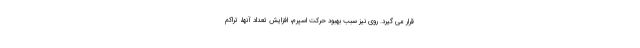
قرار می گیرد. روی نیز سبب بهبود حرکت اسپرم، افزایش تعداد آنها، تراکم